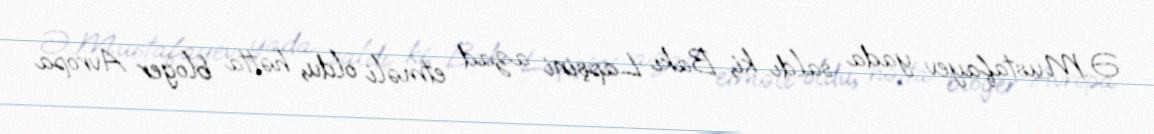
Ə.Mustafayev yada saldı ki, Bakı Lapşini azad etməli oldu, hətta bloger Avropa